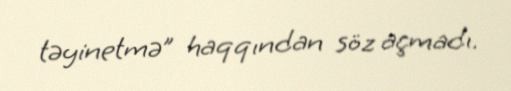
təyinetmə” haqqından söz açmadı.